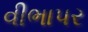
વીભાપર